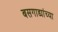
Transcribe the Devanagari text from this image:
बसगाड्यांच्या